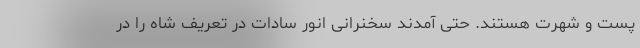
پست و شهرت هستند. حتی آمدند سخنرانی انور سادات در تعریف شاه را در